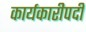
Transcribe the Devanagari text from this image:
कार्यकारीपदी